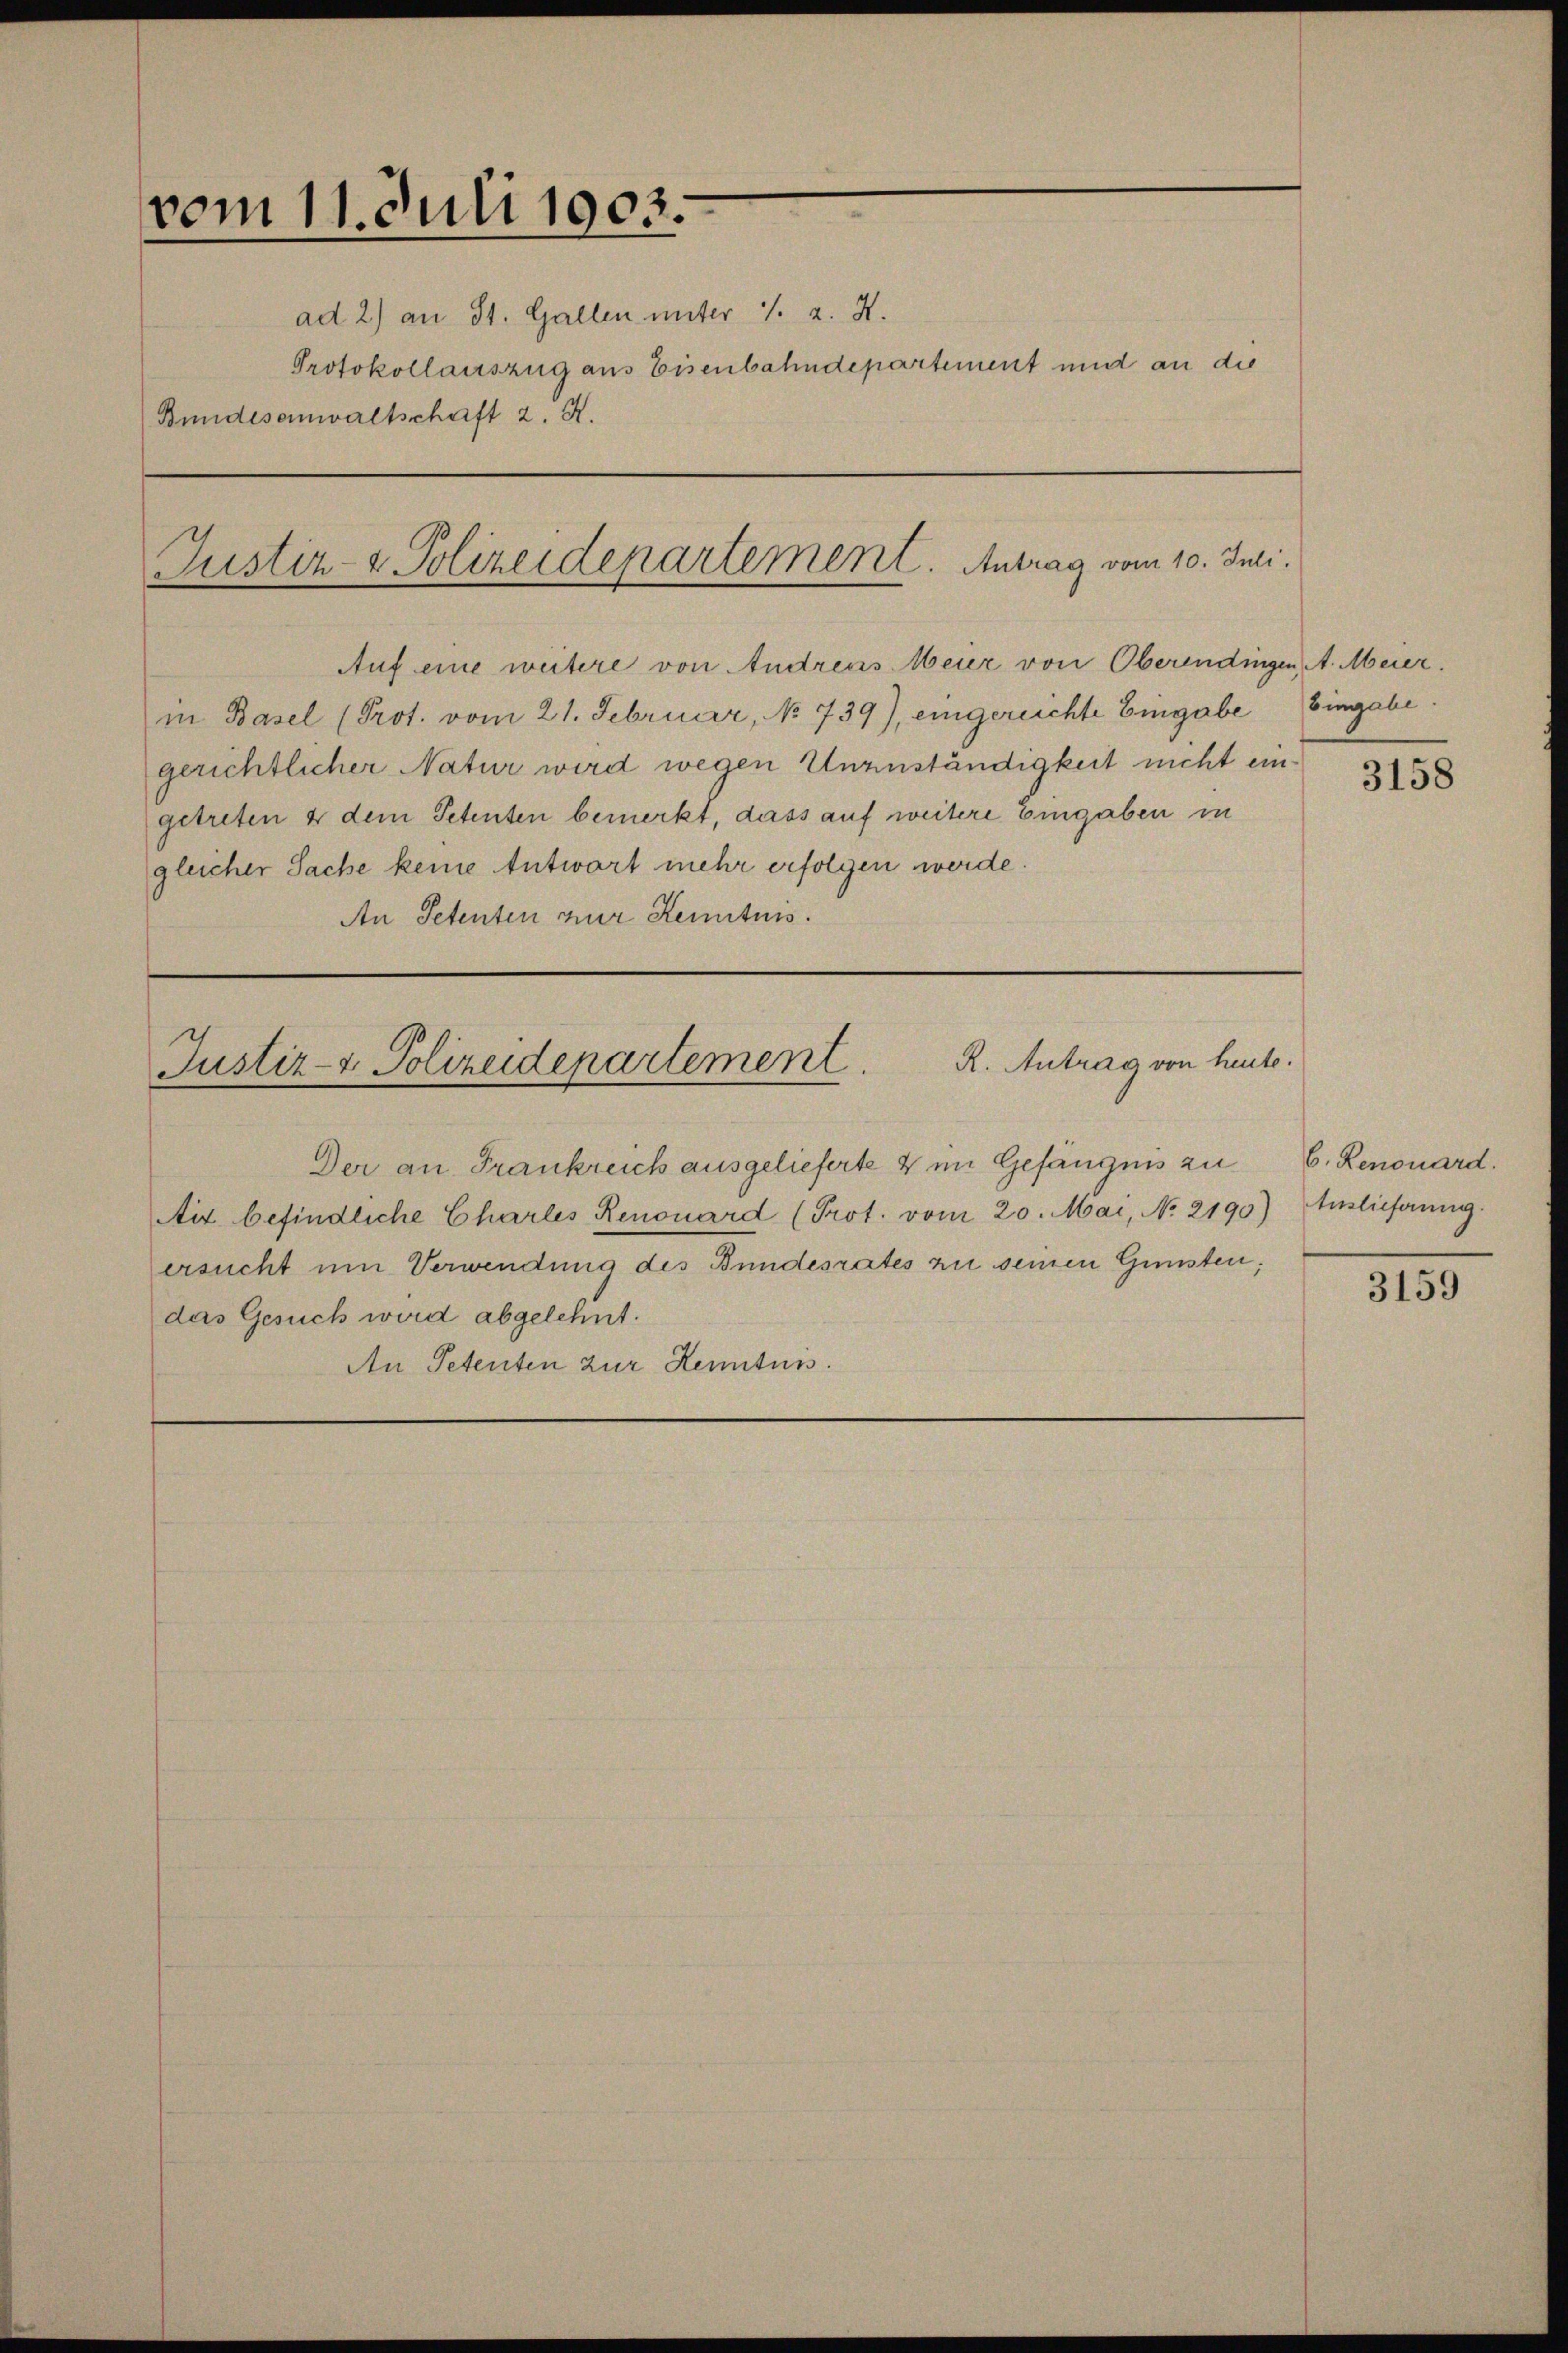
vom 11. Juli 1903.
ad 2) an St. Gallen unter 1. 2. X.
Bundesanwaltschaft 2. K.

Protokollauszug aus Eisenbahndepartement mit an die

Justiz- & Polizeidepartement. Antrag vom 10. Juli.

Auf eine weitere von Andreas Meier von Oberendingen, A. Meier.
in Basel (Prot. vom 21. Februar, No 739), eingereichte Eingabe Eingabe
gerichtlicher Natur wird wegen Unzuständigkeit nicht eingetreten & dem Petenten bemerkt, dass auf weitere Eingaben in
gleicher Sache keine Antwort mehr erfolgen werde.
An Petenten zur Kenntnis.

Justiz- & Polizeidepartement. R. Antrag von heute.

Der an Frankreich ausgelieferte & im Gefängnis zu
Ait befindliche Charles Renouard (Prot. vom 20. Mai, No. 2190)
ersucht um Verwendung des Bundesrates zu seinen Gunsten;
das Gesuch wird abgelehnt.
An Petenten zur Kenntus.

3158

b. Renouard.
Auslieferung.

3159